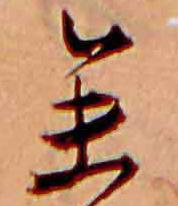
参